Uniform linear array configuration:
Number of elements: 64
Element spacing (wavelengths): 1
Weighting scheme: cosine
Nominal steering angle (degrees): -60
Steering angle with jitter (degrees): -59.411
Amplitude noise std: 0.05
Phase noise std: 0.05

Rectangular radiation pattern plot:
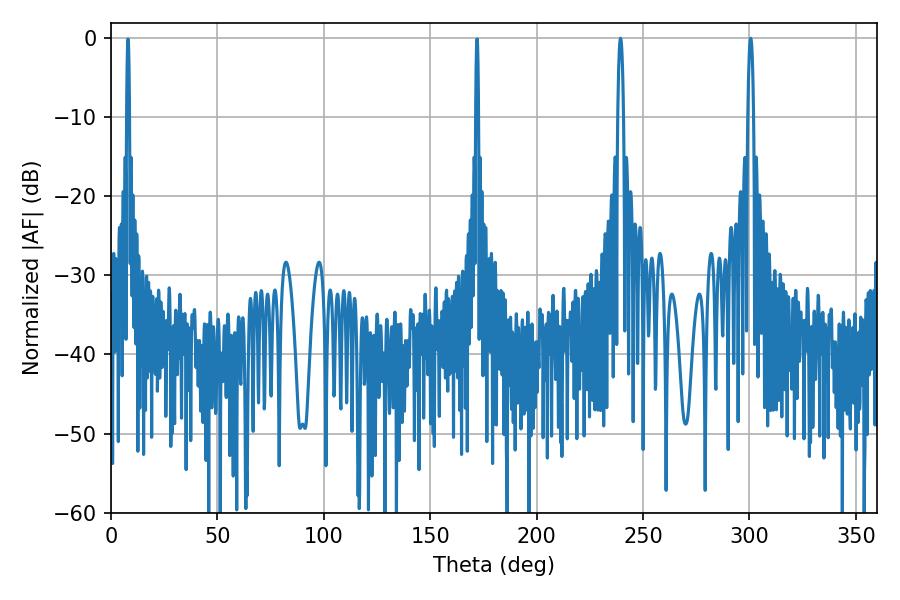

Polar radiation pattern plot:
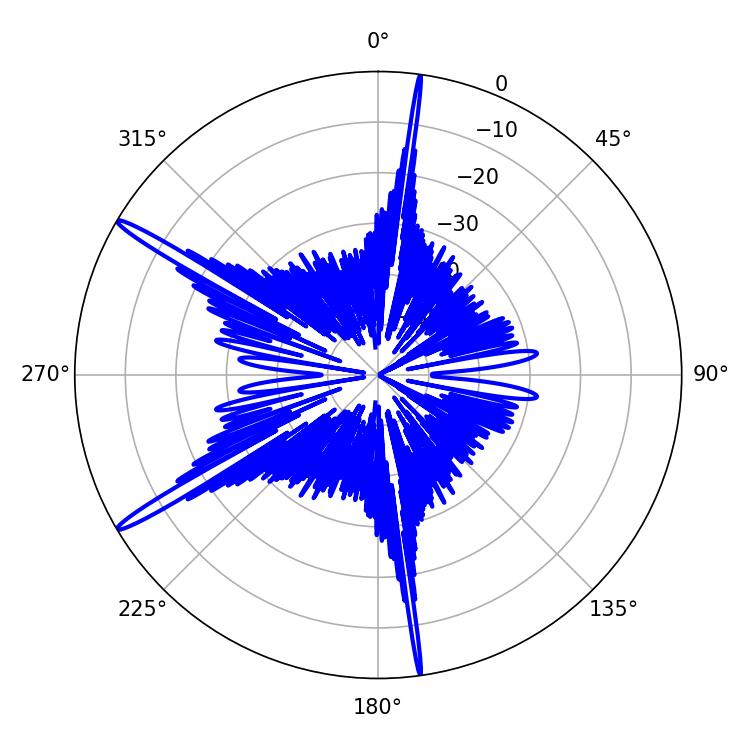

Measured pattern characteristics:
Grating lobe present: TRUE
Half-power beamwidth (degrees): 1.44
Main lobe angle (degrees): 239.4